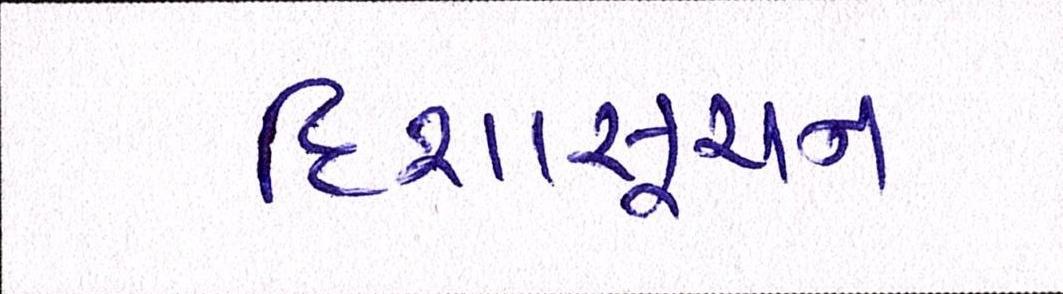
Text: દિશાસૂચન